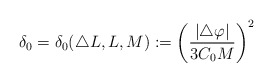
\begin{align*}\delta_0=\delta_0 (\triangle L, L, M):=\left(\frac{|\triangle\varphi|}{3C_0 M}\right)^2\end{align*}